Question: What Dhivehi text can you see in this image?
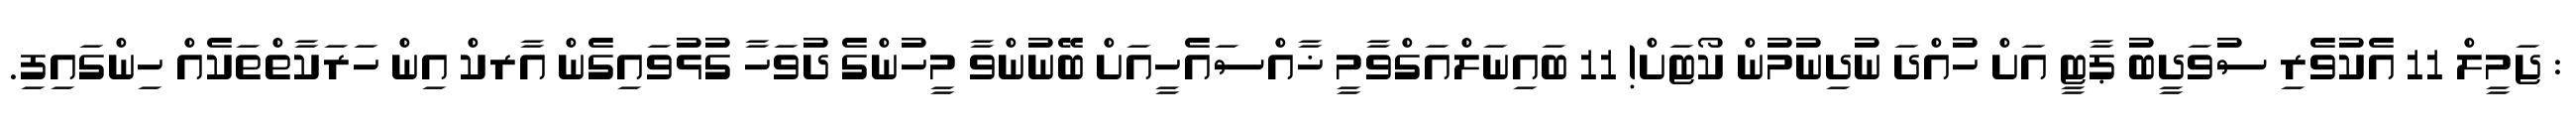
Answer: : ޖަމީލް 11 އެކުވެރި ސުވަދީބު ޕާޓީ އަށް ހުއްދަ ނުދިނުމުން ކޯޓަށް! 11 ބައިނަލްއަގްވާމީ ޚާއްސައެހީއަށް ބޭނުންވާ މީހުންގެ ދުވަހާ ގުޅުވައިގެން އާރކް އިން ހަރަކާތްތަކެއް ހިންގައިފި.